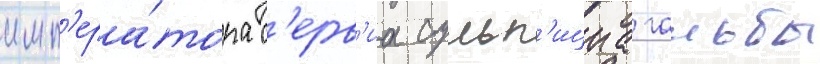
имп'ера́тора с'ерв'иа сульп'ициа гальбы